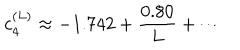
c _ { 4 } ^ { ( L ) } \approx - 1 . 7 4 2 + \frac { 0 . 8 0 } { L } + \cdots